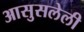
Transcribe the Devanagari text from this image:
आसुसलेली